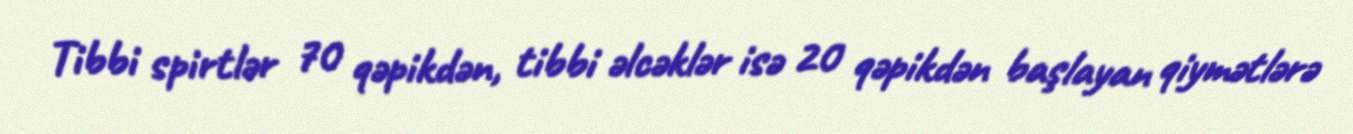
Tibbi spirtlər 70 qəpikdən, tibbi əlcəklər isə 20 qəpikdən başlayan qiymətlərə